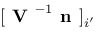
[ \textbf { V } ^ { - 1 } \textbf { n } ] _ { i ^ { \prime } }